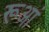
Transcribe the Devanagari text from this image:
रूआं